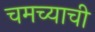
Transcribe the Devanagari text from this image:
चमच्याची